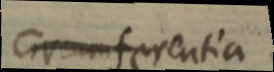
circumferentia